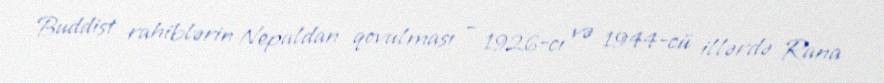
Buddist rahiblərin Nepaldan qovulması — 1926-cı və 1944-cü illərdə Rana